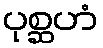
ပုစ္ဆဟံ